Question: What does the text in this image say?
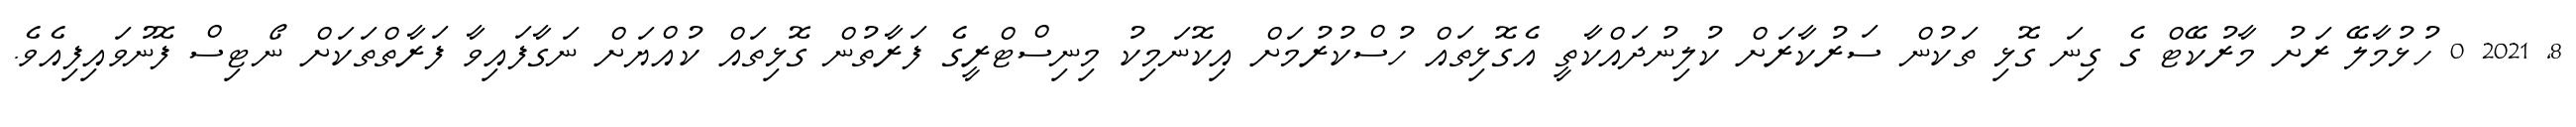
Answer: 8, 2021 0 ހުޅުމާލޭ ރަށު މާރުކޭޓް ގެ ގިނަ ގޮޅި ތަކުން ސަރުކާރަށް ކުލިނުދައްކާތީ އެގޮޅިތައް ހުސްކުރުމަށް އިކޮނަމިކު މިނިސްޓްރީގެ ފަރާތުން ގޮޅިތައް ކުއްޔަށް ނަގާފައިވާ ފަރާތްތަކަށް ނޯޓިސް ފޮނުވައިފިއެވެ.